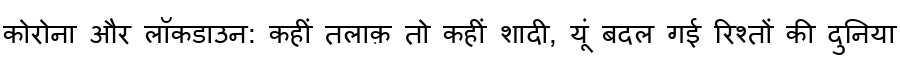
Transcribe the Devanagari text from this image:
कोरोना और लॉकडाउन: कहीं तलाक़ तो कहीं शादी, यूं बदल गई रिश्तों की दुनिया